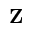
\mathbf { Z }